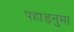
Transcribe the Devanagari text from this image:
पहाड़नुमा